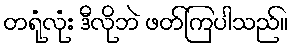
တရုံလုံး ဒီလိုဘဲ ဖတ်ကြပါသည်။